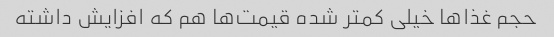
حجم‌ غذاها خیلی کمتر شده قیمت‌ها هم که افزایش داشته